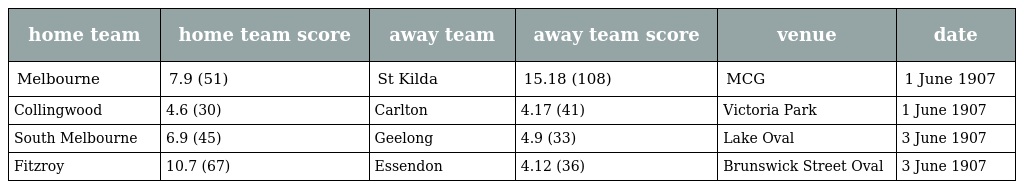
| home team | home team score | away team | away team score | venue | date |
 | --- | --- | --- | --- | --- | --- |
 | Melbourne | 7.9 (51) | St Kilda | 15.18 (108) | MCG | 1 June 1907 |
 | Collingwood | 4.6 (30) | Carlton | 4.17 (41) | Victoria Park | 1 June 1907 |
 | South Melbourne | 6.9 (45) | Geelong | 4.9 (33) | Lake Oval | 3 June 1907 |
 | Fitzroy | 10.7 (67) | Essendon | 4.12 (36) | Brunswick Street Oval | 3 June 1907 |